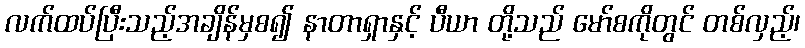
လက်ထပ်ပြီးသည့်အချိန်မှစ၍ နာတာရှာနှင့် ပီယာ တို့သည် မော်စကိုတွင် တစ်လှည့်၊